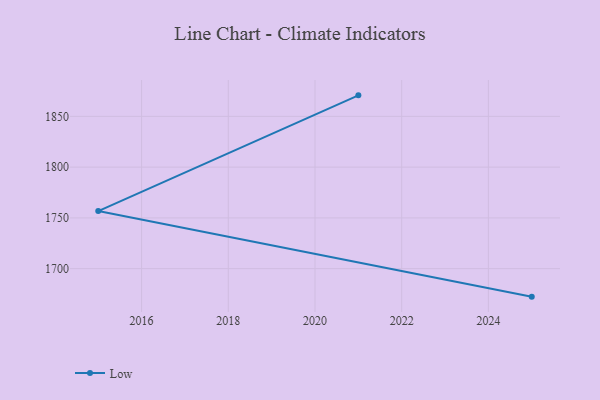
{"axis": {"x": "Year", "y": "Gross Profit (USD K)"}, "legend": ["Low"], "data": [{"x": "2021", "y": 1870.7, "type": "Low"}, {"x": "2015", "y": 1756.7, "type": "Low"}, {"x": "2025", "y": 1672.4, "type": "Low"}]}